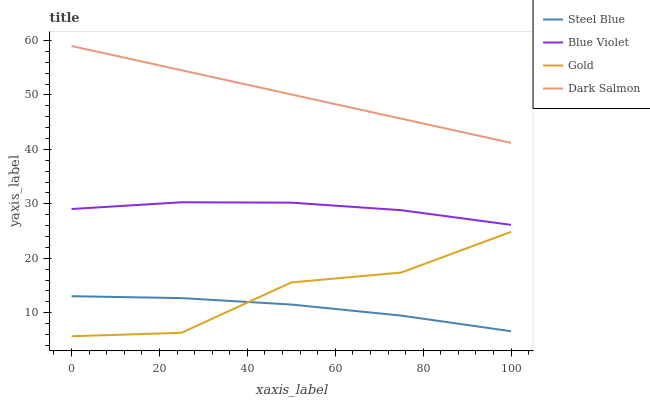
| xaxis_label | Steel Blue | Blue Violet | Gold | Dark Salmon |
 | --- | --- | --- | --- | --- |
 | 0 | 13 | 29.1 | 5.68 | 59 |
 | 25 | 12.7 | 30.3 | 6.31 | 54.6 |
 | 50 | 11.5 | 30.2 | 15.6 | 50.1 |
 | 75 | 9.47 | 28.8 | 17.4 | 45.7 |
 | 100 | 6.6 | 26.1 | 24.9 | 41.2 |